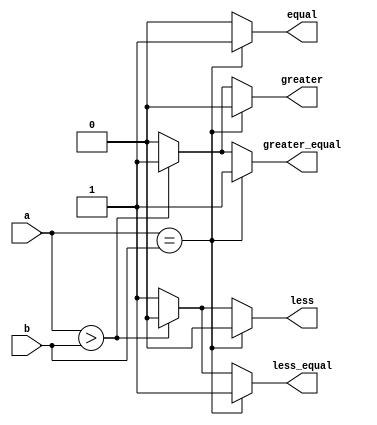
module parameterized_comparator #(
    parameter WIDTH = 8  // Default bit-width for the inputs
)(
    input  wire [WIDTH-1:0] a,  // First input value
    input  wire [WIDTH-1:0] b,  // Second input value
    output reg  equal,           // Equality output
    output reg  greater,         // Greater than output
    output reg  less,            // Less than output
    output reg  greater_equal,   // Greater than or equal to output
    output reg  less_equal       // Less than or equal to output
);

    // Always block to compare inputs
    always @(*) begin
        // Initialize outputs to default values
        equal          = 1'b0;
        greater        = 1'b0;
        less           = 1'b0;
        greater_equal  = 1'b0;
        less_equal     = 1'b0;

        // Comparison logic
        if (a == b) begin
            equal = 1'b1;
            greater_equal = 1'b1;  // If equal, a >= b
            less_equal = 1'b1;     // If equal, a <= b
        end
        else if (a > b) begin
            greater = 1'b1;
            greater_equal = 1'b1;  // If a > b, a >= b
        end
        else begin
            less = 1'b1;
            less_equal = 1'b1;      // If a < b, a <= b
        end
    end

endmodule